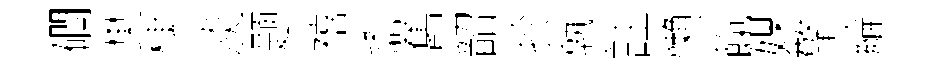
磵樊棣淡题禧鼒舊韶扵孰註懶餼媒擎綸